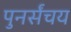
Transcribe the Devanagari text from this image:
पुनर्संचय